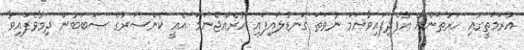
އުރަމަތީގައި ހަރުތަނެއް އުފެދިފައިވާނަމަ ނުވަތަ ގަނޑުލައިފައި ހުރެއްޖެނަމަ އެއީ ކެންސަރުގެ ސަބަބުން ދިމާވެފައިވާ